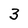
Character: 3